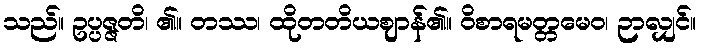
သည်။ ဥပ္ပဇ္ဇတိ၊ ၏။ တဿ၊ ထိုတတိယဈာန်၏။ ဝိစာရမတ္တမေဝ၊ ဉာလျှင်။